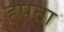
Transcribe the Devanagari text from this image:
हपता